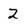
Character: 2